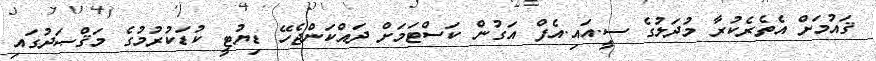
ޤައުމަށް އެތެރެކުރާ މުދަލުގެ ސީ.އައި.އެފް އަގުން ކަސްޓަމަށް ދައްކަންޖެހޭ ޑިޔުޓީ ކުޑަކުރުމުގެ މަޤްޞަދުގައި